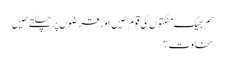
هم بھیک منگتوں کی قوم هیں اور قرضوں پر چلتے هیں
سخاوت ؟